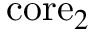
\mathrm { c o r e } _ { 2 }